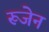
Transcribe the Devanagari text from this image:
रूजेन